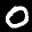
Label: 0